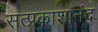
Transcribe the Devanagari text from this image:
सत्प्रकाशानंद